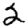
Digit: 2